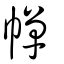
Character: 幝